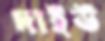
দাইউ